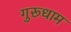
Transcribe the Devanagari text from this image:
गुरूधाम